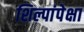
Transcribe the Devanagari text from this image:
शिल्पांपेक्षा